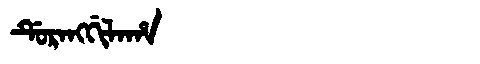
Manchu: ᡩᡠᡵᠠᠩᡤᡳᠯᠠᡥᠠ
Romanization: DURANGGILAHA